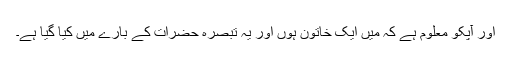
اور آپکو معلوم ہے کہ میں ایک خاتون ہوں اور یہ تبصرہ حضرات کے بارے میں کیا گیا ہے۔